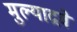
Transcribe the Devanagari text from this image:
मुल्याद्रवे